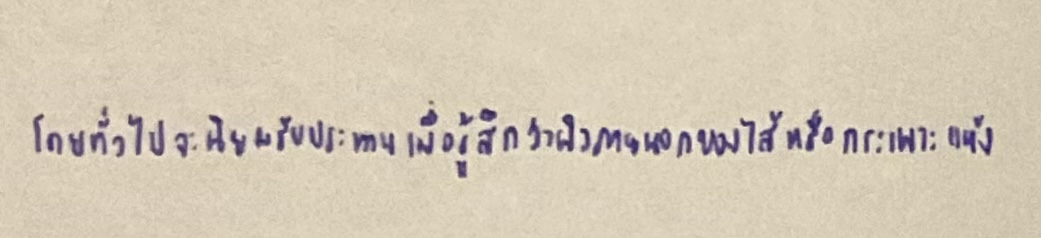
โดยทั่วไปจะนิยมรับประทานเมื่อรู้สึกว่าผิวภายนอกของไส้หรือกระเพาะแห้ง